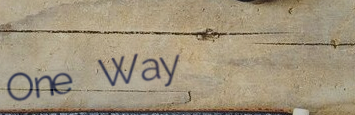
One Way